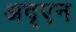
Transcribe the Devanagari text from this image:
अदृएन